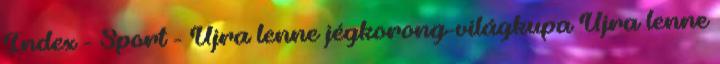
Index - Sport - Újra lenne jégkorong-világkupa Újra lenne